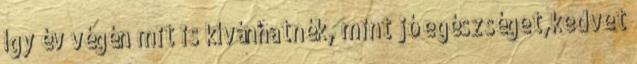
így év végén mit is kívánhatnék, mint jó egészséget,kedvet